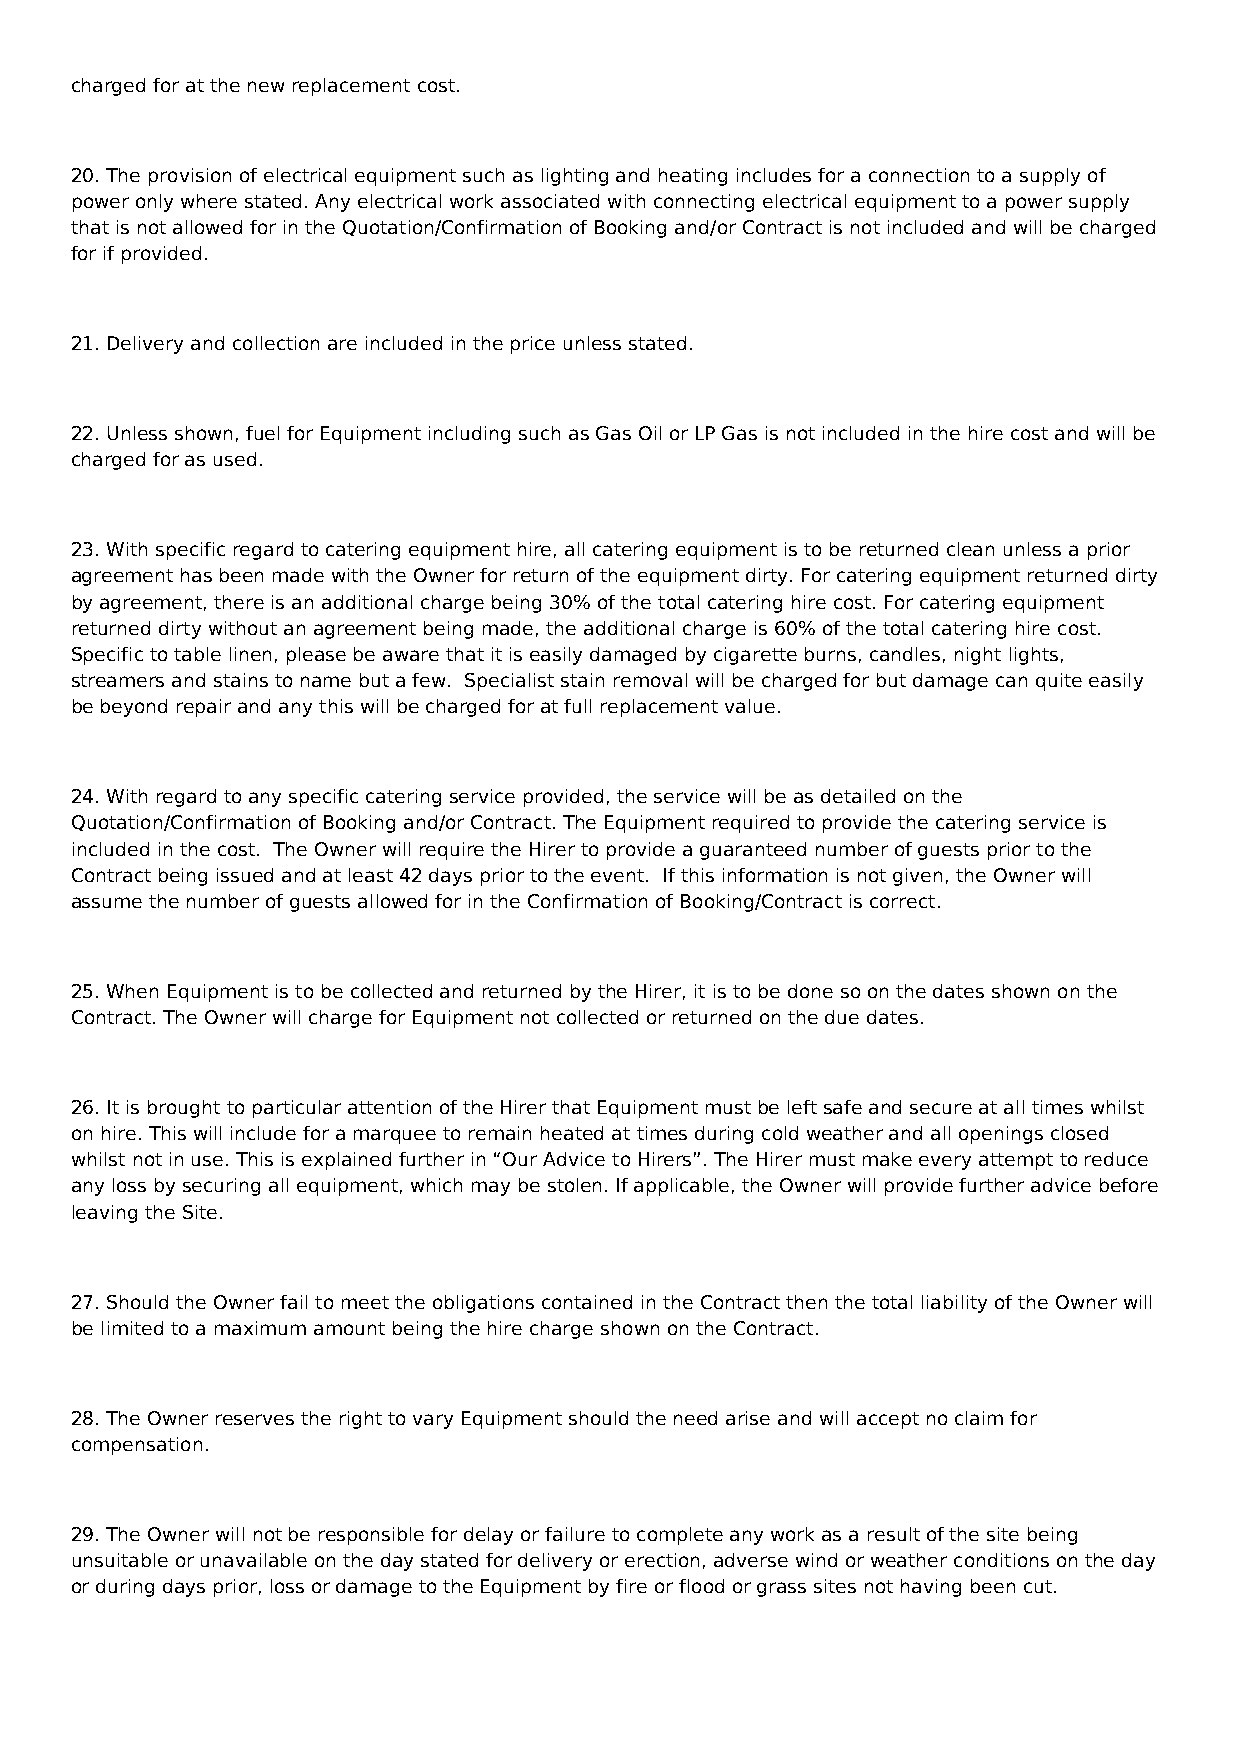
charged for at the new replacement cost.
 20. The provision of electrical equipment such as lighting and heating includes for a connection to a supply of
 power only where stated. Any electrical work associated with connecting electrical equipment to a power supply
 that is not allowed for in the Quotation/Confirmation of Booking and/or Contract is not included and will be charged
 for if provided.
 21. Delivery and collection are included in the price unless stated.
 22. Unless shown, fuel for Equipment including such as Gas Oil or LP Gas is not included in the hire cost and will be
 charged for as used.
 23. With specific regard to catering equipment hire, all catering equipment is to be returned clean unless a prior
 agreement has been made with the Owner for return of the equipment dirty. For catering equipment returned dirty
 by agreement, there is an additional charge being 30% of the total catering hire cost. For catering equipment
 returned dirty without an agreement being made, the additional charge is 60% of the total catering hire cost.
 Specific to table linen, please be aware that it is easily damaged by cigarette burns, candles, night lights,
 streamers and stains to name but a few. Specialist stain removal will be charged for but damage can quite easily
 be beyond repair and any this will be charged for at full replacement value.
 24. With regard to any specific catering service provided, the service will be as detailed on the
 Quotation/Confirmation of Booking and/or Contract. The Equipment required to provide the catering service is
 included in the cost. The Owner will require the Hirer to provide a guaranteed number of guests prior to the
 Contract being issued and at least 42 days prior to the event. If this information is not given, the Owner will
 assume the number of guests allowed for in the Confirmation of Booking/Contract is correct.
 25. When Equipment is to be collected and returned by the Hirer, it is to be done so on the dates shown on the
 Contract. The Owner will charge for Equipment not collected or returned on the due dates.
 26. It is brought to particular attention of the Hirer that Equipment must be left safe and secure at all times whilst
 on hire. This will include for a marquee to remain heated at times during cold weather and all openings closed
 whilst not in use. This is explained further in “Our Advice to Hirers”. The Hirer must make every attempt to reduce
 any loss by securing all equipment, which may be stolen. If applicable, the Owner will provide further advice before
 leaving the Site.
 27. Should the Owner fail to meet the obligations contained in the Contract then the total liability of the Owner will
 be limited to a maximum amount being the hire charge shown on the Contract.
 28. The Owner reserves the right to vary Equipment should the need arise and will accept no claim for
 compensation.
 29. The Owner will not be responsible for delay or failure to complete any work as a result of the site being
 unsuitable or unavailable on the day stated for delivery or erection, adverse wind or weather conditions on the day
 or during days prior, loss or damage to the Equipment by fire or flood or grass sites not having been cut.